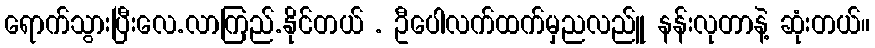
ရောက်သွားပြီးလေ.လာကြည်.နိုင်တယ် . ဦပေါလက်ထက်မှညလည်ူ နန်းလုတာနဲ့ ဆုံးတယ်။